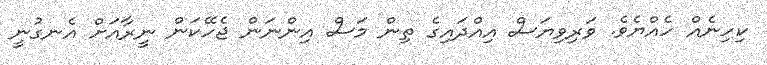
ކިހިނެއް ހެއްޔެވެ. ވަރިވިޔަސް އިއްދައިގެ ތިން މަސް އިންނަން ޖެހޭކަން ނީރާއަށް އެނގުނީ